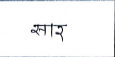
मजकूर: सार